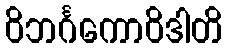
ဝိဘင်္ဂကောဝိဒါတိ